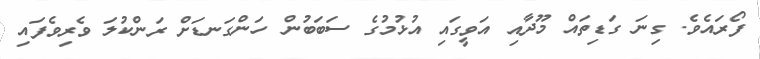
ފޯރައެވެ. ގިނަ ގަޑިތައް މޫދާއި އަވީގައި އުޅުމުގެ ސަބަބުން ހަންގަނޑަށް ރަންކުލަ ވެރިވެފައި